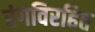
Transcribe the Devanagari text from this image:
रंगविरहित